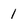
Character: 1